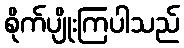
စိုက်ပျိုးကြပါသည်